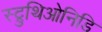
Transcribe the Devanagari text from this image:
स्ट्रुथिओनिडि